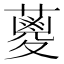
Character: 𮑪